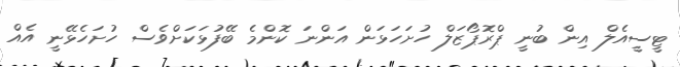
ޓީސީއެލް އިން ބުނީ ޕްރޮޕޯޒަލް ހުށަހަޅަން އަންނަ ކޮންމެ ބޭފުޅަކަށްވެސް ހުށަހެޅޭނީ އެއް